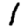
Digit: 1